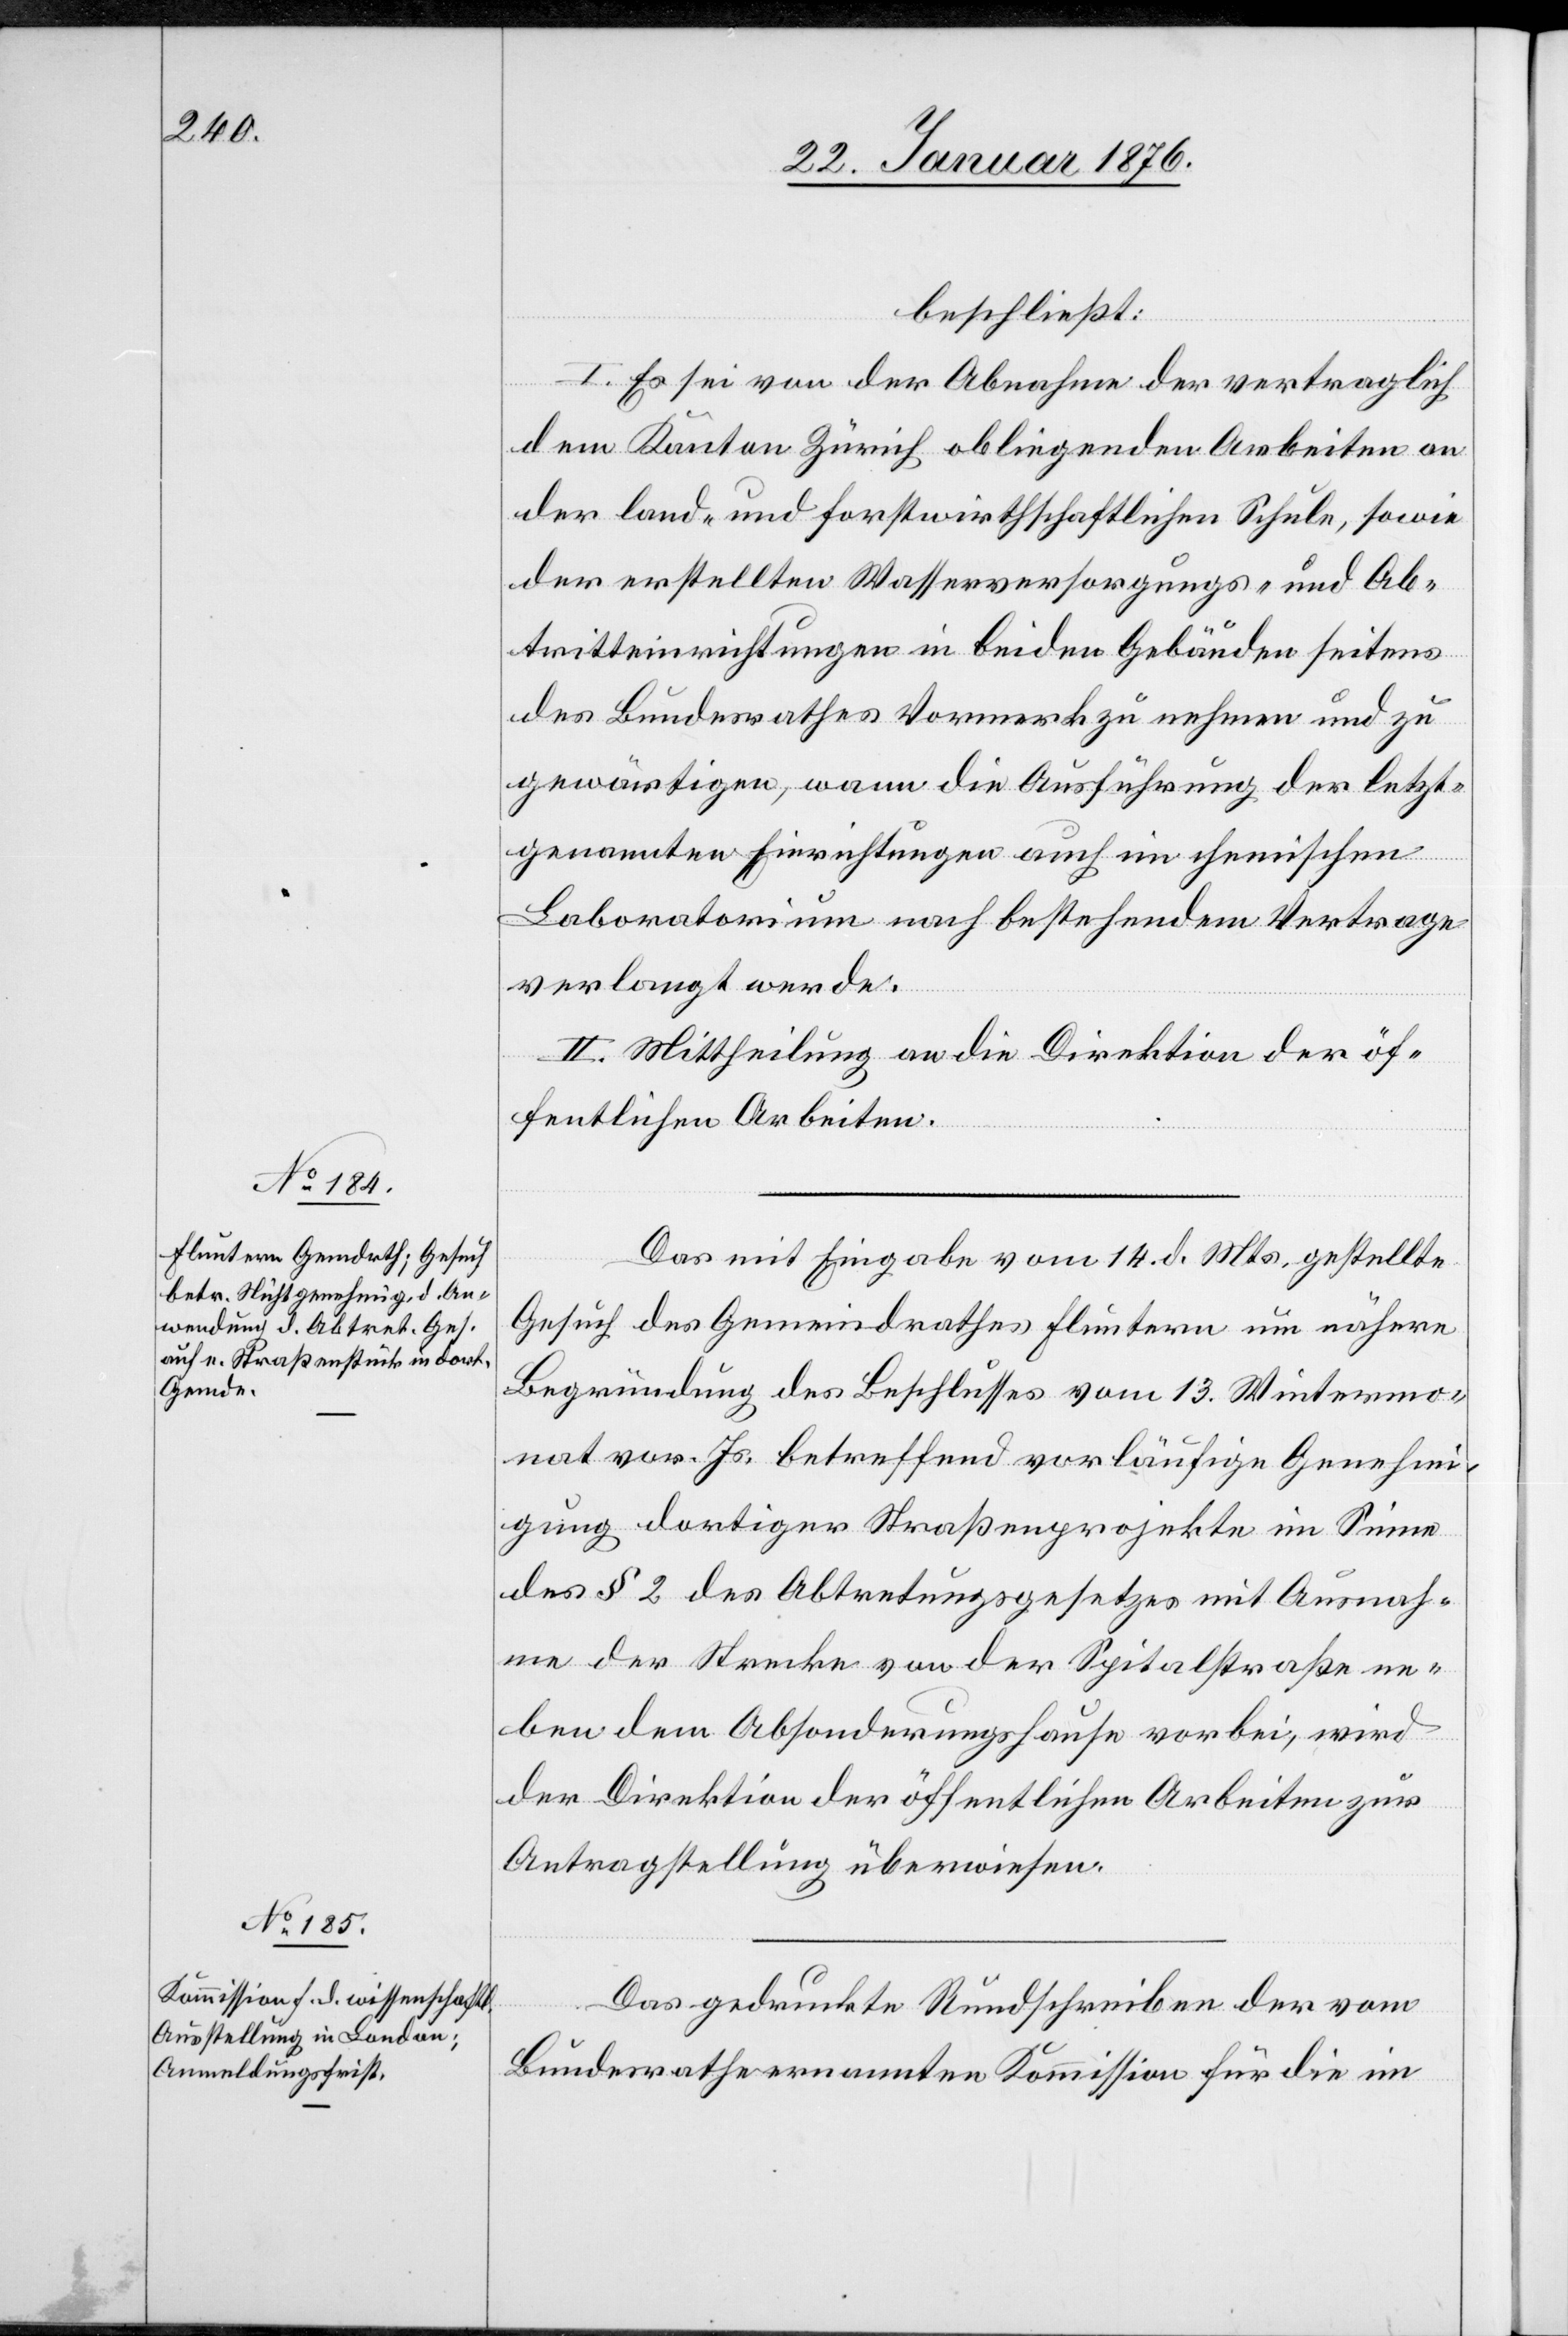
beschließt:
I. Es sei von der Abnahme der vertraglich
dem Kanton Zürich obliegenden Arbeiten an
der land- und forstwirthschaftlichen Schule, sowie
der erstellten Wasserversorgungs- und Ab¬
tritteinrichtungen in beiden Gebäuden seitens
des Bundesrathes Vormerk zu nehmen und zu
gewärtigen, wann die Ausführung der letzt¬
genannten Einrichtungen auch im chemischen
Laboratorium nach bestehendem Vertrage
verlangt werde.
II. Mittheilung an die Direktion der öf¬
fentlichen Arbeiten.
Das mit Eingabe vom 14. d. Mts. gestellte
Gesuch des Gemeindrathes Fluntern um nähere
Begründung des Beschlusses vom 13. Wintermo¬
nat vor. Js. betreffend vorläufige Genehmi¬
gung dortiger Straßenprojekte im Sinne
des § 2 des Abtretungsgesetzes mit Ausnah¬
me der Strecke von der Spitalstraße ne¬
ben dem Absonderungshause vorbei, wird
der Direktion der öffentlichen Arbeiten zur
Antragstellung überwiesen.
Das gedruckte Rundschreiben der vom
Bundesrathe ernannten Kommission für die im